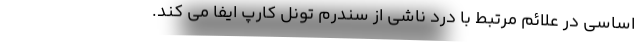
اساسی در علائم مرتبط با درد ناشی از سندرم تونل کارپ ایفا می کند.